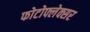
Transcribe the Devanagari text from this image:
फोटोफ्लेक्सर